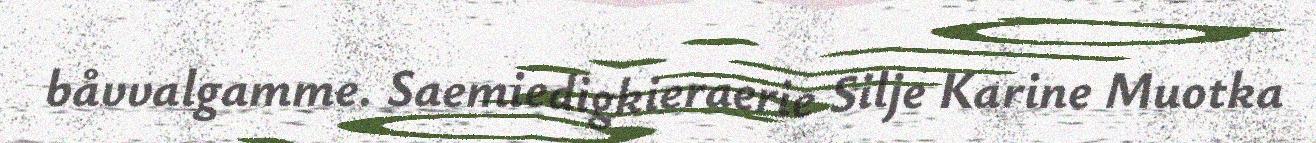
båvvalgamme. Saemiedigkieraerie Silje Karine Muotka